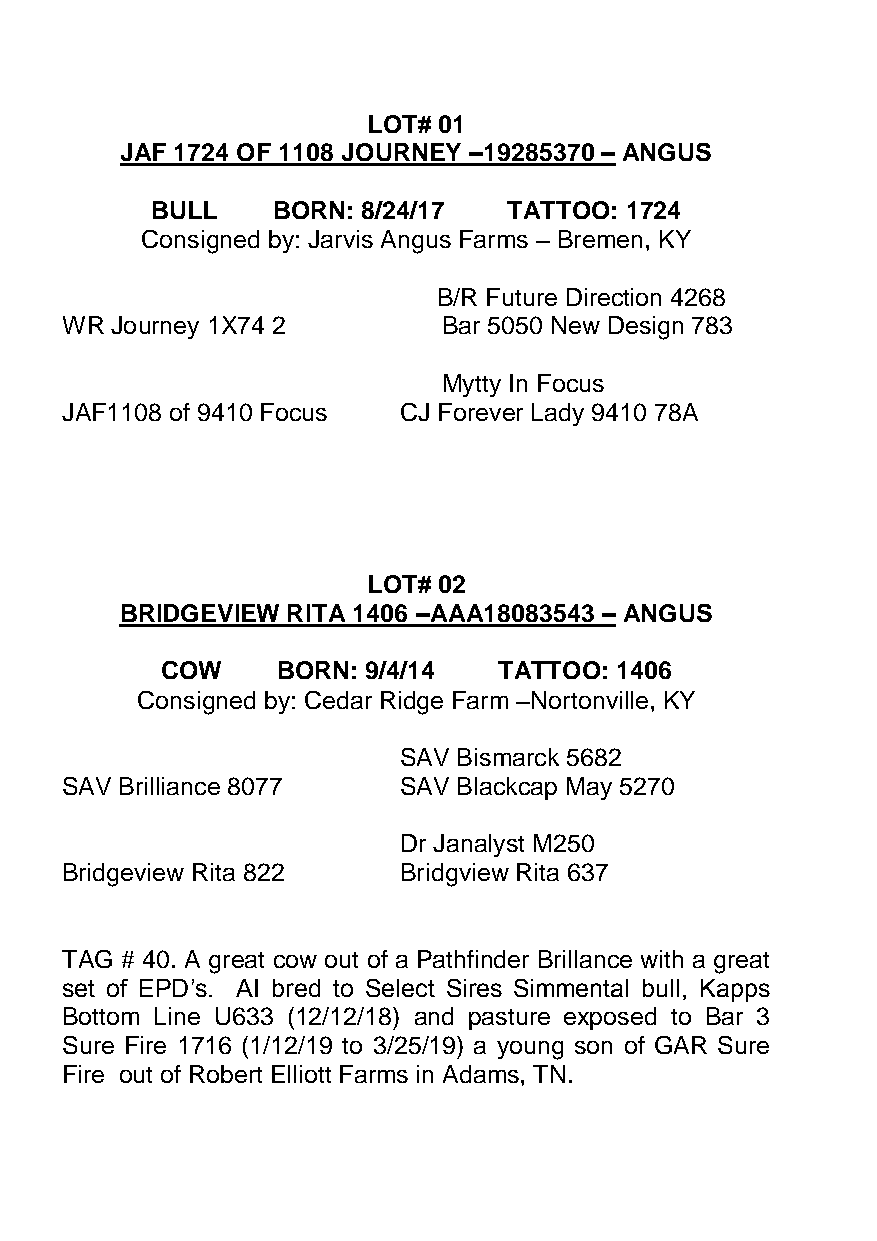
LOT# 01
 JAF 1724 OF 1108 JOURNEY –19285370 – ANGUS
 BULL    BORN: 8/24/17   TATTOO: 1724
 Consigned by: Jarvis Angus Farms – Bremen, KY
 B/R Future Direction 4268
 WR Journey 1X74 2        Bar 5050 New Design 783
 Mytty In Focus
 JAF1108 of 9410 Focus CJ Forever Lady 9410 78A
 LOT# 02
 BRIDGEVIEW RITA 1406 –AAA18083543 – ANGUS
 COW    BORN: 9/4/14   TATTOO: 1406
 Consigned by: Cedar Ridge Farm –Nortonville, KY
 SAV Bismarck 5682
 SAV Brilliance 8077   SAV Blackcap May 5270
 Dr Janalyst M250
 Bridgeview Rita 822   Bridgview Rita 637
 TAG # 40. A great cow out of a Pathfinder Brillance with a great
 set of EPD’s. AI bred to Select Sires Simmental bull, Kapps
 Bottom Line U633 (12/12/18) and pasture exposed to Bar 3
 Sure Fire 1716 (1/12/19 to 3/25/19) a young son of GAR Sure
 Fire out of Robert Elliott Farms in Adams, TN.